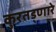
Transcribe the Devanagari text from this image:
कुरतड्णारे